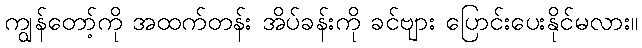
ကျွန်တော့်ကို အထက်တန်း အိပ်ခန်းကို ခင်ဗျား ပြောင်းပေးနိုင်မလား။